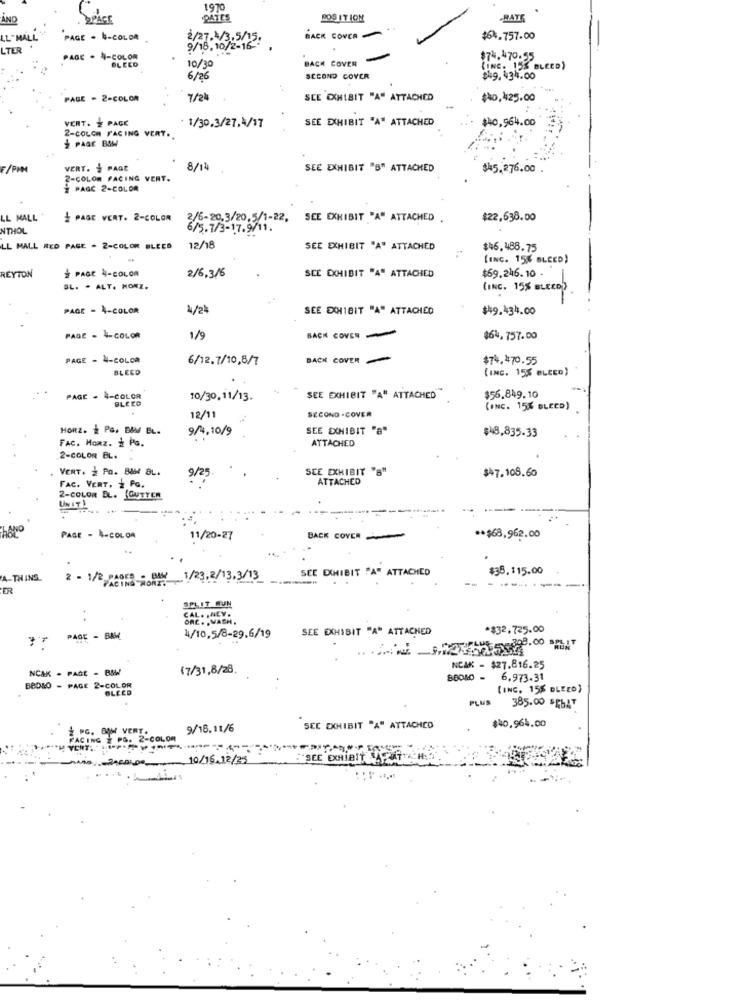
1970
AND
SPACE
.DATES
POSITION
-RATE
LL -MALL
PAGE - 4-COLOR
2/27.2/3.5/15.
BACK COVER
$64.757.00
LTER
9/18.10/2-16"
PAGE . 4-COLOR
BLEED
10/30
BACK COVER
$74.470.55
LINE. 15% BLEED)
6/26
SECOND COVER
$49.434.00
PAGE - 2-COLOR
7/24
SCE EXHIBIT "A" ATTACHED
$40,425.00
VERT. 2 PAGE
1/30.3/27.4/17
SEE EXHIBIT "A" ATTACHED
$40,964.00
2-COLOR FACING VERT.
PAGE BOM
F/PHM
VERT. PAGE
8/14
SEE EXHIBIT "B" ATTACHED
$$5.276.00.
2-COLOR FACING VERT.
PAGC 2-COLOR
LL MALL
PAGE VERT. 2-COLOR
2/6-20.3/20,5/1-22, SEE EXHIBIT "A" ATTACHED .
$22,638.00
NTHOL
6/5.7/3-17.9/11.
LL MALL RED PAGE - 2-COLOR BLEED
12/18
SEE EXHIBIT "A" ATTACHED
$46.488.75
[INC. 15% BLEED)
PAGE 4-COLOR
$69.246.10 -
REYTON
2/6.3/6
SEE EXHIBIT "A" ATTACHED
BL. . ALT. HONZ.
(INC. 15% BLEED)
PAGE - 4-COLOR
4/2
SEE DOHIBIT "A" ATTACHED
$49.434.00
PAGE = 4-COLOR
1/9
BACK COVER -
$64,757.00
PAGE - 4-COLOR
6/12.7/10,8/7
BACK COVER
$74,470.55
BLEED
(INC. 15% BLEED)
$56.849. 10
-
PAGE . 4-COLOR
BLEED
10/30,11/13.
SEE EXHIBIT "A" ATTACHED
12/11
SECOND - COVER
(INC. 15% BLEED)
HORZ. & PG. B&M EL.
9/4.10/9
SEE EXHIBIT "8"
$48,835.33
FAC. HORz. 2 PG.
ATTACHED
2-COLOR BL.
VERT. 2 PO. BAM BL.
9/25
SCE EXHIBIT "B"
ATTACHED
$$7.108.60
FAC. VERT. 2 PG.
2-COLOR EL. GUTTER
PAGE - 4-COLOR
11/20-27
BACK COVER
** $68,962.00
SEE EXHIBIT "A" ATTACHED
$38,115.00
A-THING
PAOK- RAY 1/23.2/13.3/13
ER
CAL . . NLY.
ORC. MACH .
SEE EXHIBIT "A" ATTACHED
$32,725.00
PAGE - BAM
4/10.5/8-29.6/19
NCAK - PAGE - BMW
(7/31,8/28.
NCAK - $27.816.25
6.973.31
BEDEO - PAGE 2-COLOR
BLEED
(INC. 155 DLEZD)
PLUS 385.00 "RbAT
$40,964.00
9/18.11/6
SEE EXHIBIT "A" ATTACHED
COLOR
VERT .-
10/16.12/25
SEE EXHIBIT VARMT